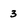
Character: 3